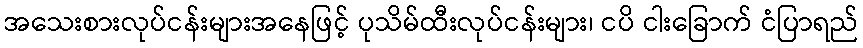
အသေးစားလုပ်ငန်းများအနေဖြင့် ပုသိမ်ထီးလုပ်ငန်းများ၊ ငပိ ငါးခြောက် ငံပြာရည်